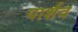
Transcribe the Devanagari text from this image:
पार्शव